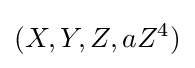
(X,Y,Z,aZ^{4})